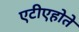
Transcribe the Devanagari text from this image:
एटीएहोते